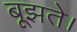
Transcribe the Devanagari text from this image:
बूझते।